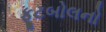
ફૂટબોલનો